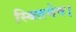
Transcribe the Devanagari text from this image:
स्थितमेव।